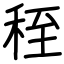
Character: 秷